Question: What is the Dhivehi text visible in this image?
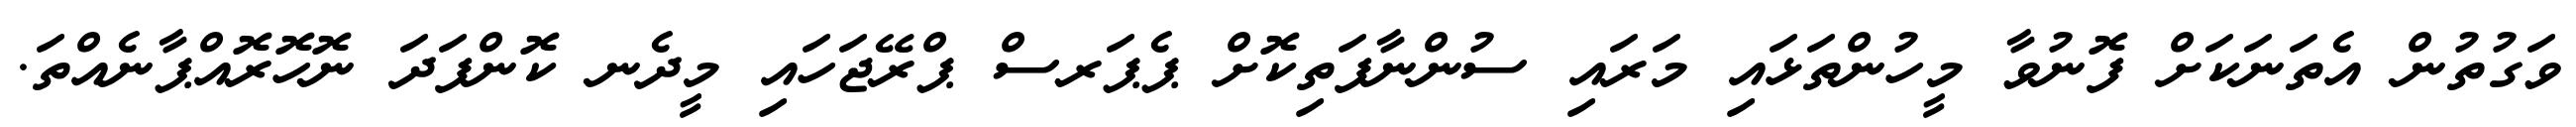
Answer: ވަގުތުން އެތަނަކަށް ފޮނުވާ މީހުންތަޅައި މަރައި ސުންނާފަތިކޮށް ޕެޕަރސް ޕްރޭޖަހައި މީދެނ ކޮންފަދަ ނޮހޮރޮއްޕާނެއްތަ.